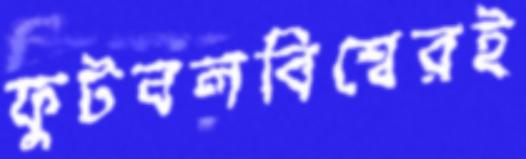
ফুটবলবিশ্বেরই